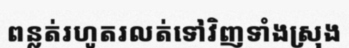
ពន្លត់រហូតរលត់ទៅវិញទាំងស្រុង